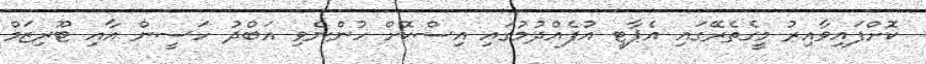
ކޮށްފައިވާއިރު މީގެތެރޭގައި އެޕާޓީ އުފެއްދުމުގައި އިސްކޮށް ހުންނެވި އަބްދު ހަސީން އާއި ޓޫރިޒަމް